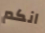
انكم